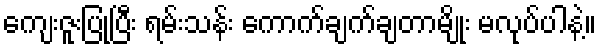
ကျေးဇူးပြုပြီး ရမ်းသန်း ကောက်ချက်ချတာမျိုး မလုပ်ပါနဲ့။